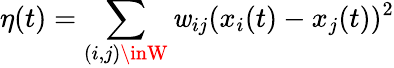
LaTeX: \eta(t)=\sum_{(i,j)\inW}\mathit{w}_{ij}(x_{i}(t)-x_{j}(t))^{2}